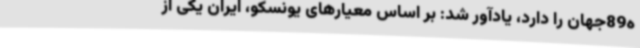
ه89جهان را دارد، یادآور شد: بر اساس معیارهای یونسکو، ایران یکی از